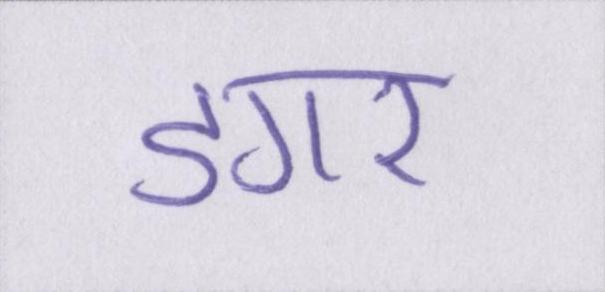
डगर